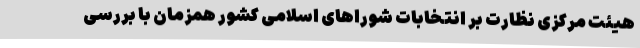
هیئت مرکزی نظارت بر انتخابات شوراهای اسلامی کشور همزمان با بررسی